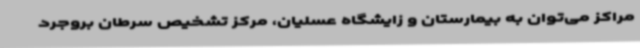
مراکز می‌توان به بیمارستان و زایشگاه عسلیان، مرکز تشخیص سرطان بروجرد